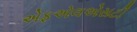
એફએલએસટી